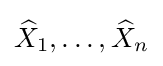
{\widehat {X}}_{1},\ldots ,{\widehat {X}}_{n}